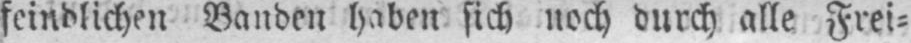
feindlichen Banden haben sich noch durch alle Frei⸗